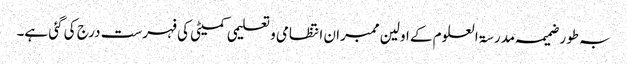
بہ طور ضمیمہ مدرسۃ العلوم کے اولین ممبران انتظامی و تعلیمی کمیٹی کی فہرست درج کی گئی ہے۔